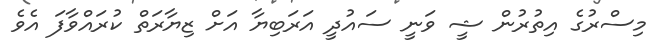
މިސްރުގެ އިތުރުން ޝީ ވަނީ ސައުދީ އަރަބިޔާ އަށް ޒިޔާރަތް ކުރައްވާފަ އެވެ